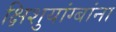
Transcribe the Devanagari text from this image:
क्षिशुयांग्बांना